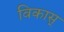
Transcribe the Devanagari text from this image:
विकास्